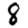
Digit: 8